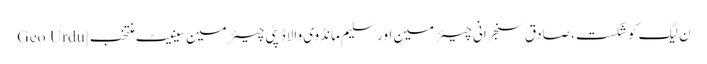
ن لیگ کو شکست، صادق سنجرانی چیئرمین اور سلیم مانڈوی والا ڈپٹی چیئرمین سینیٹ منتخب | Geo Urdu